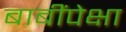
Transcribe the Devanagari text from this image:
बाबींपेक्षा